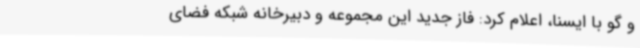
و گو با ایسنا، اعلام کرد: فاز جدید این مجموعه و دبیرخانه شبکه فضای